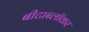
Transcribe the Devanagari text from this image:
बीटाब्लॉकर